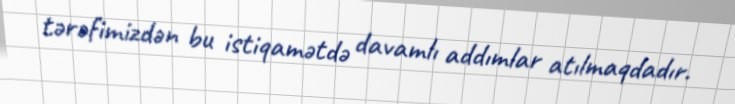
tərəfimizdən bu istiqamətdə davamlı addımlar atılmaqdadır.